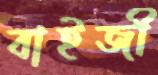
বাইজী